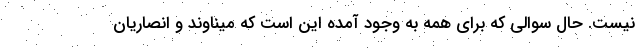
نیست. حال سوالی که برای همه به وجود آمده این است که میناوند و انصاریان